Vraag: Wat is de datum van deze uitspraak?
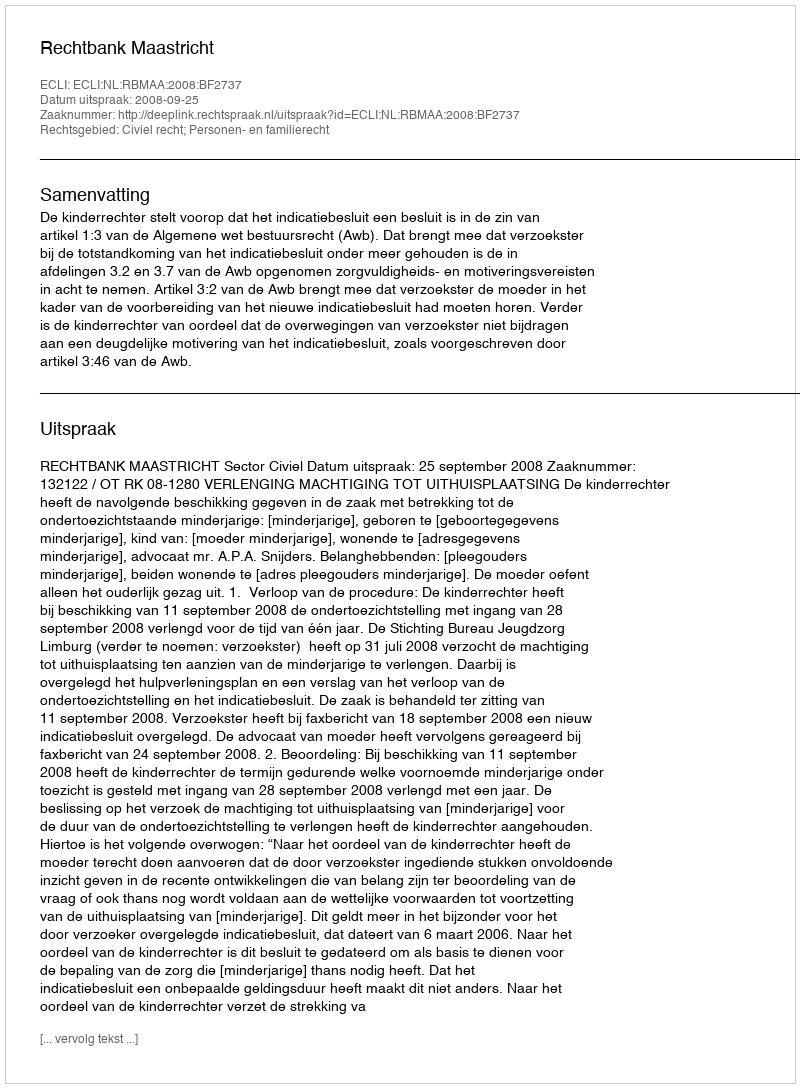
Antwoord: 2008-09-25